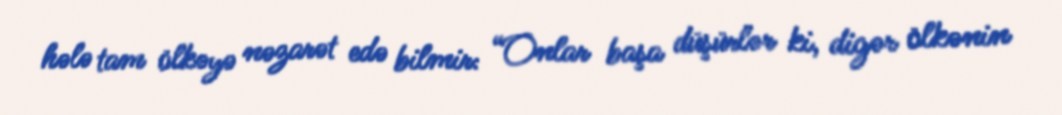
hələ tam ölkəyə nəzarət edə bilmir: “Onlar başa düşürlər ki, digər ölkənin